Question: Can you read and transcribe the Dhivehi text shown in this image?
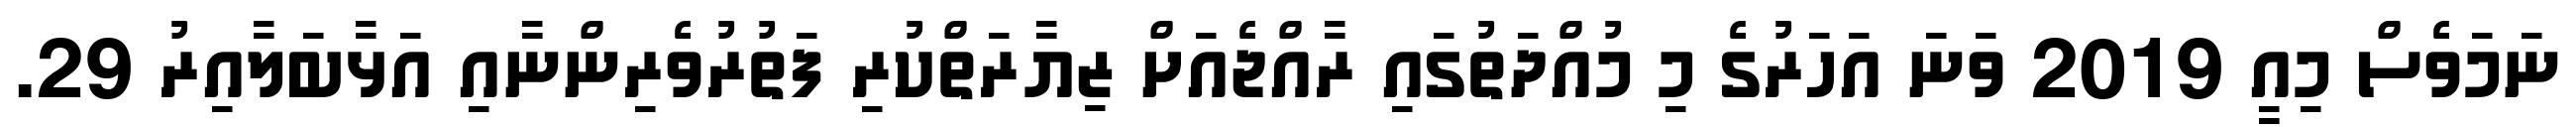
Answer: ނަމަވެސް މިއީ 2019 ވަނަ އަހަރުގެ މި މުއްދަތުގައި ރާއްޖެއަށް ޒިޔާރަތްކުރި ފަތުރުވެރިންނާއި އަޅާބަލާއިރު 29.